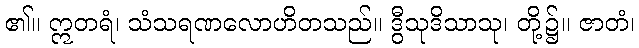
၏။ ဣတရံ၊ သံသရဏလောဟိတသည်။ ဒွီသုဒိသာသု၊ တို့၌။ ဇာတံ၊